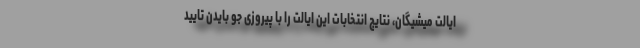
ایالت میشیگان، نتایج انتخابات این ایالت را با پیروزی جو بایدن تایید